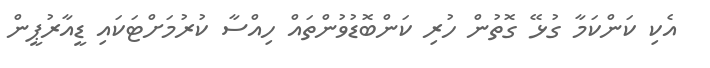
އެކި ކަންކަމާ ގުޅޭ ގޮތުން ހުރި ކަންބޮޑުވުންތައް ހިއްސާ ކުރުމަށްޓަކައި ޑީއާރުޕީން